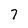
Character: 7